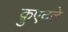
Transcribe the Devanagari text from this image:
क़ुएदते